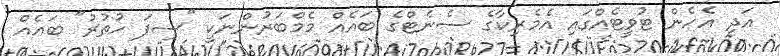
އަދި އެހެން ޓުވީޓެއްގައި އެމެރިކާގެ ސެނެޓްގެ ބައެއް މެމްބަރުންނަކީ "ސިފަ ހުތުރު" ބައެއް